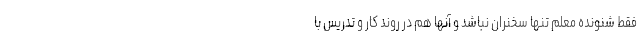
فقط شنونده معلم تنها سخنران نباشد و آنها هم در روند کار و تدریس با